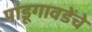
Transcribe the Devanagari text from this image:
पांडूगावडेंचे